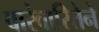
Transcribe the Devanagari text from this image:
वारंवारितेने